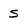
Character: s